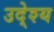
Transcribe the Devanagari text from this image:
उदे्श्य